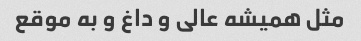
مثل همیشه عالی و داغ و به موقع